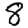
Digit: 8